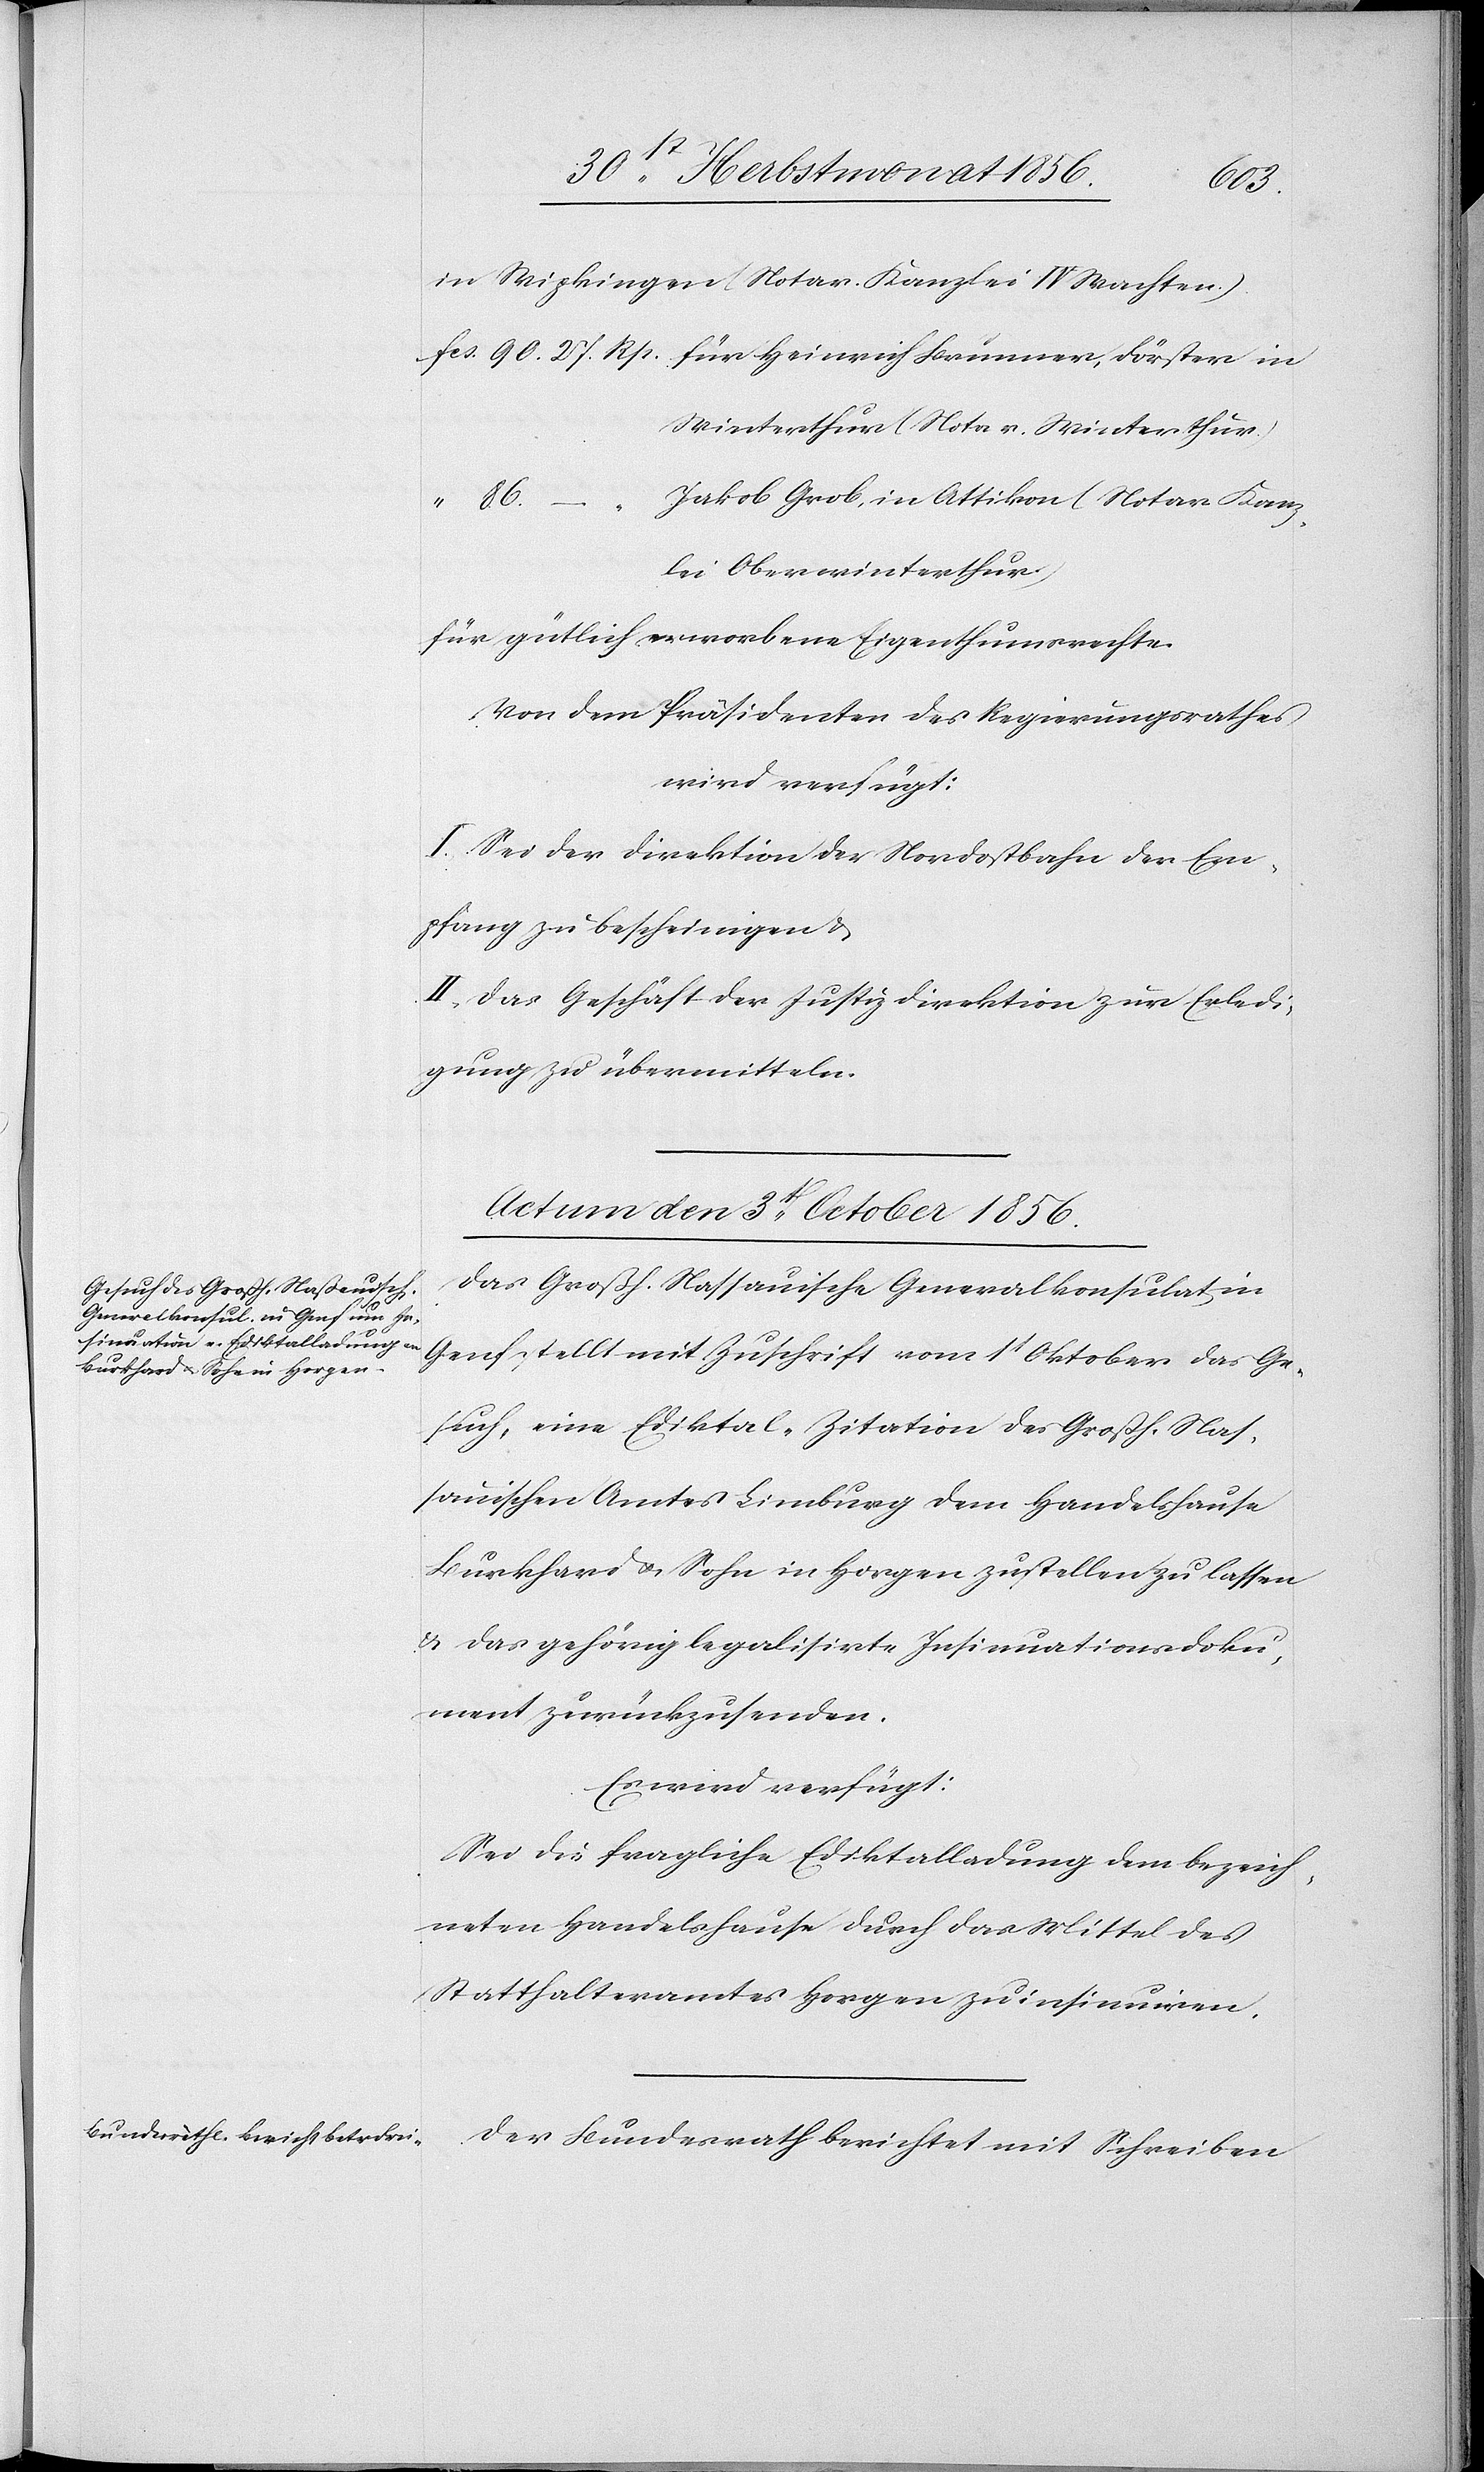
fcs.
in Wipkingen (Notar. Kanzlei IV Wachten.).
Winterthur (Notar. Winterthur.)
Jakob Grob, in Attikon (Notar Kanz¬
lei Oberwinterthur)
für gütlich erworbene Eigenthumsrechte.
Von dem Präsidenten des Regierungsrathes
wird verfügt:
I. Sei der Direktion der Nordostbahn der Em¬
pfang zu bescheinigen &
II. Das Geschäft der Justizdirektion zur Erledi¬
gung zu übermitteln.
Actum den 3t October 1856.]
Das Großh. Nassauische Generalkonsulat in
Genf stellt mit Zuschrift vom 1t Oktober das Ge¬
such, eine Ediktal-Zitation des Großh. Nas¬
sauischen Amtes Limburg dem Handelshause
Burkhard u. Sohn in Horgen zustellen zu lassen
& das gehörig legalisirte Insinuationsdoku¬
ment zurückzusenden.
Es wird verfügt:
Sei die fragliche Ediktalladung dem bezeich¬
neten Handelshause durch das Mittel des
Statthalteramtes Horgen zu insinuiren.
Der Bundesrath berichtet mit Schreiben